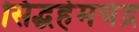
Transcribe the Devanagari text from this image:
सिद्धहेमचंद्र